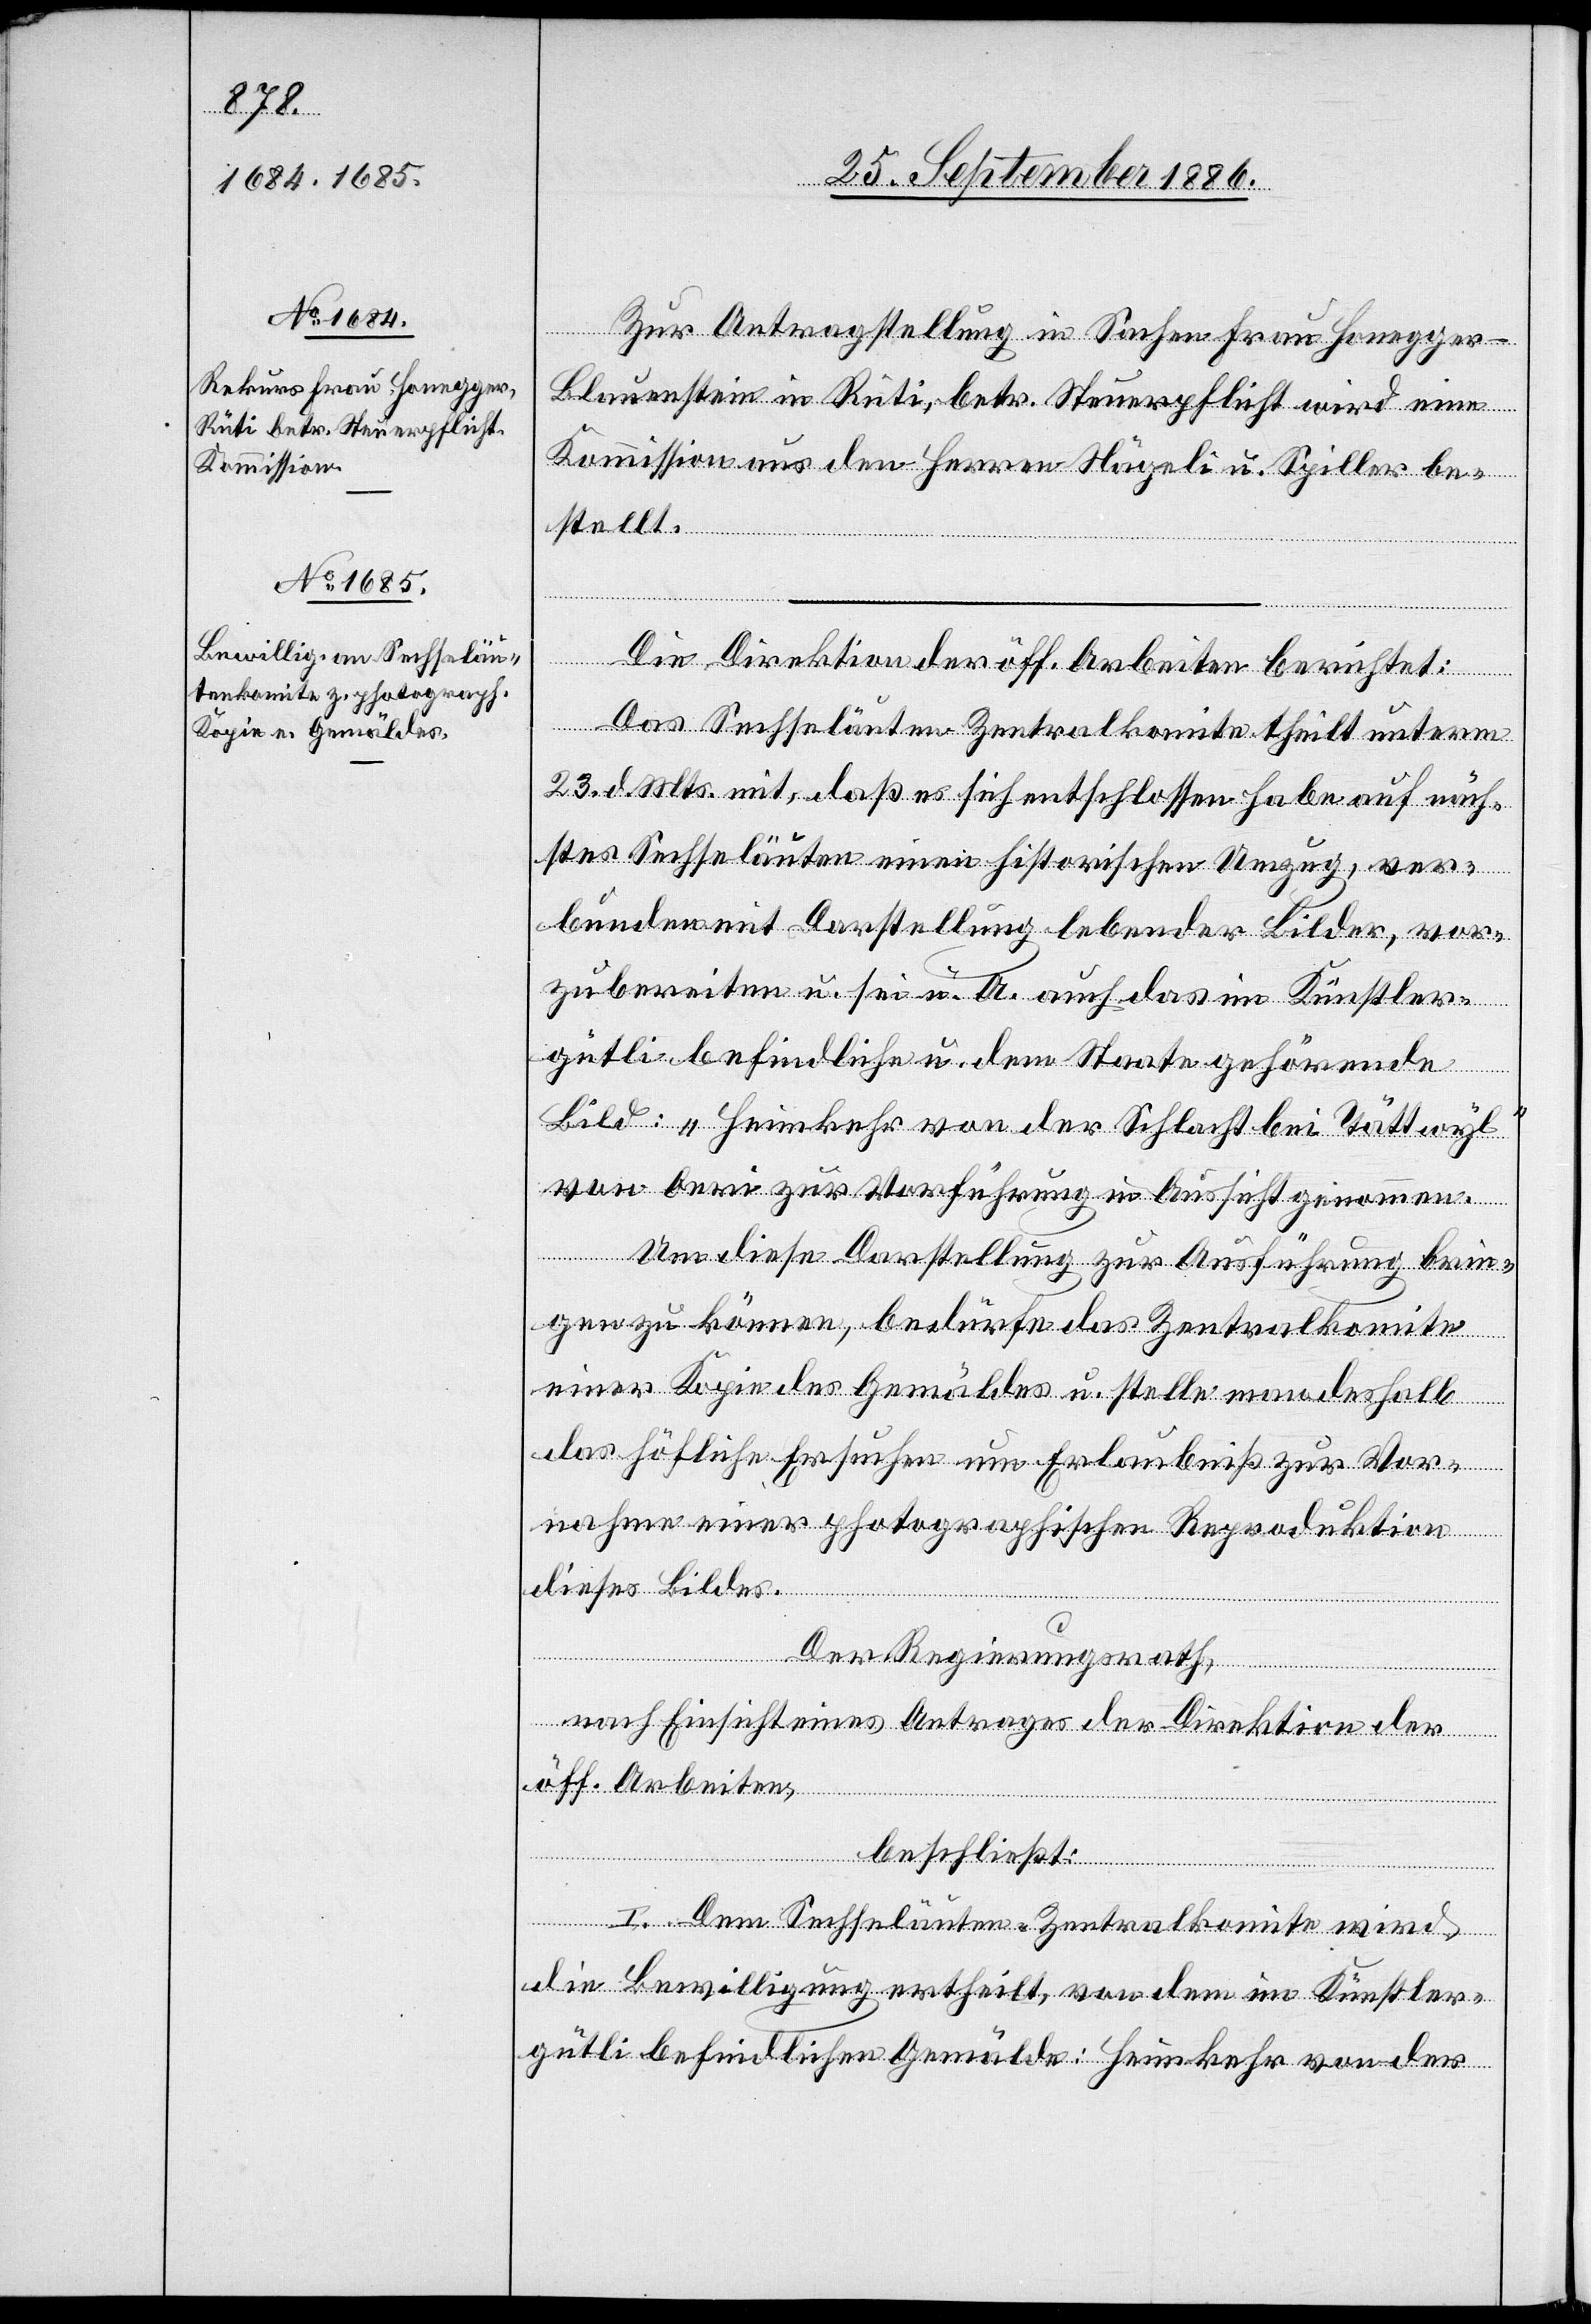
Zur Antragstellung in Sachen Frau Honegger-B¬
lauenstein in Rüti, betr. Steuerpflicht wird eine
Kommission aus den Herren Nägeli u. Spiller be¬
stellt.
Die Direktion der öff. Arbeiten berichtet:
Das Sechseläuten-Zentralkomite theilt unterm
23. d. Mts. mit, daß es sich entschlossen habe auf näch¬
stes Sechseläuten einen historischen Umzug, ver¬
bunden mit Darstellung lebender Bilder, vor¬
zubereiten u. sei u. A. auch das im Künstler¬
gütli befindliche u. dem Staate gehörende
Bild: „Heimkehr von der Schlacht bei Tättwyl“
von Oeri zur Vorführung in Aussicht genommen.
Um diese Darstellung zur Ausführung brin¬
gen zu können, bedürfe das Zentralkomite
einer Kopie des Gemäldes u. stelle man deshalb
das höfliche Ersuchen um Erlaubniß zur Vor¬
nahme einer photographischen Reproduktion
dieses Bildes.
Der Regierungsrath,
nach Einsicht eines Antrages der Direktion der
öff. Arbeiten,
beschließt:
I. Dem Sechseläuten-Zentralkomite wird
die Bewilligung ertheilt, von dem im Künstler¬
gütli befindlichen Gemälde: „Heimkehr von der